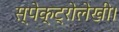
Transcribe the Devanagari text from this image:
स्पेक्ट्रोलेखी।